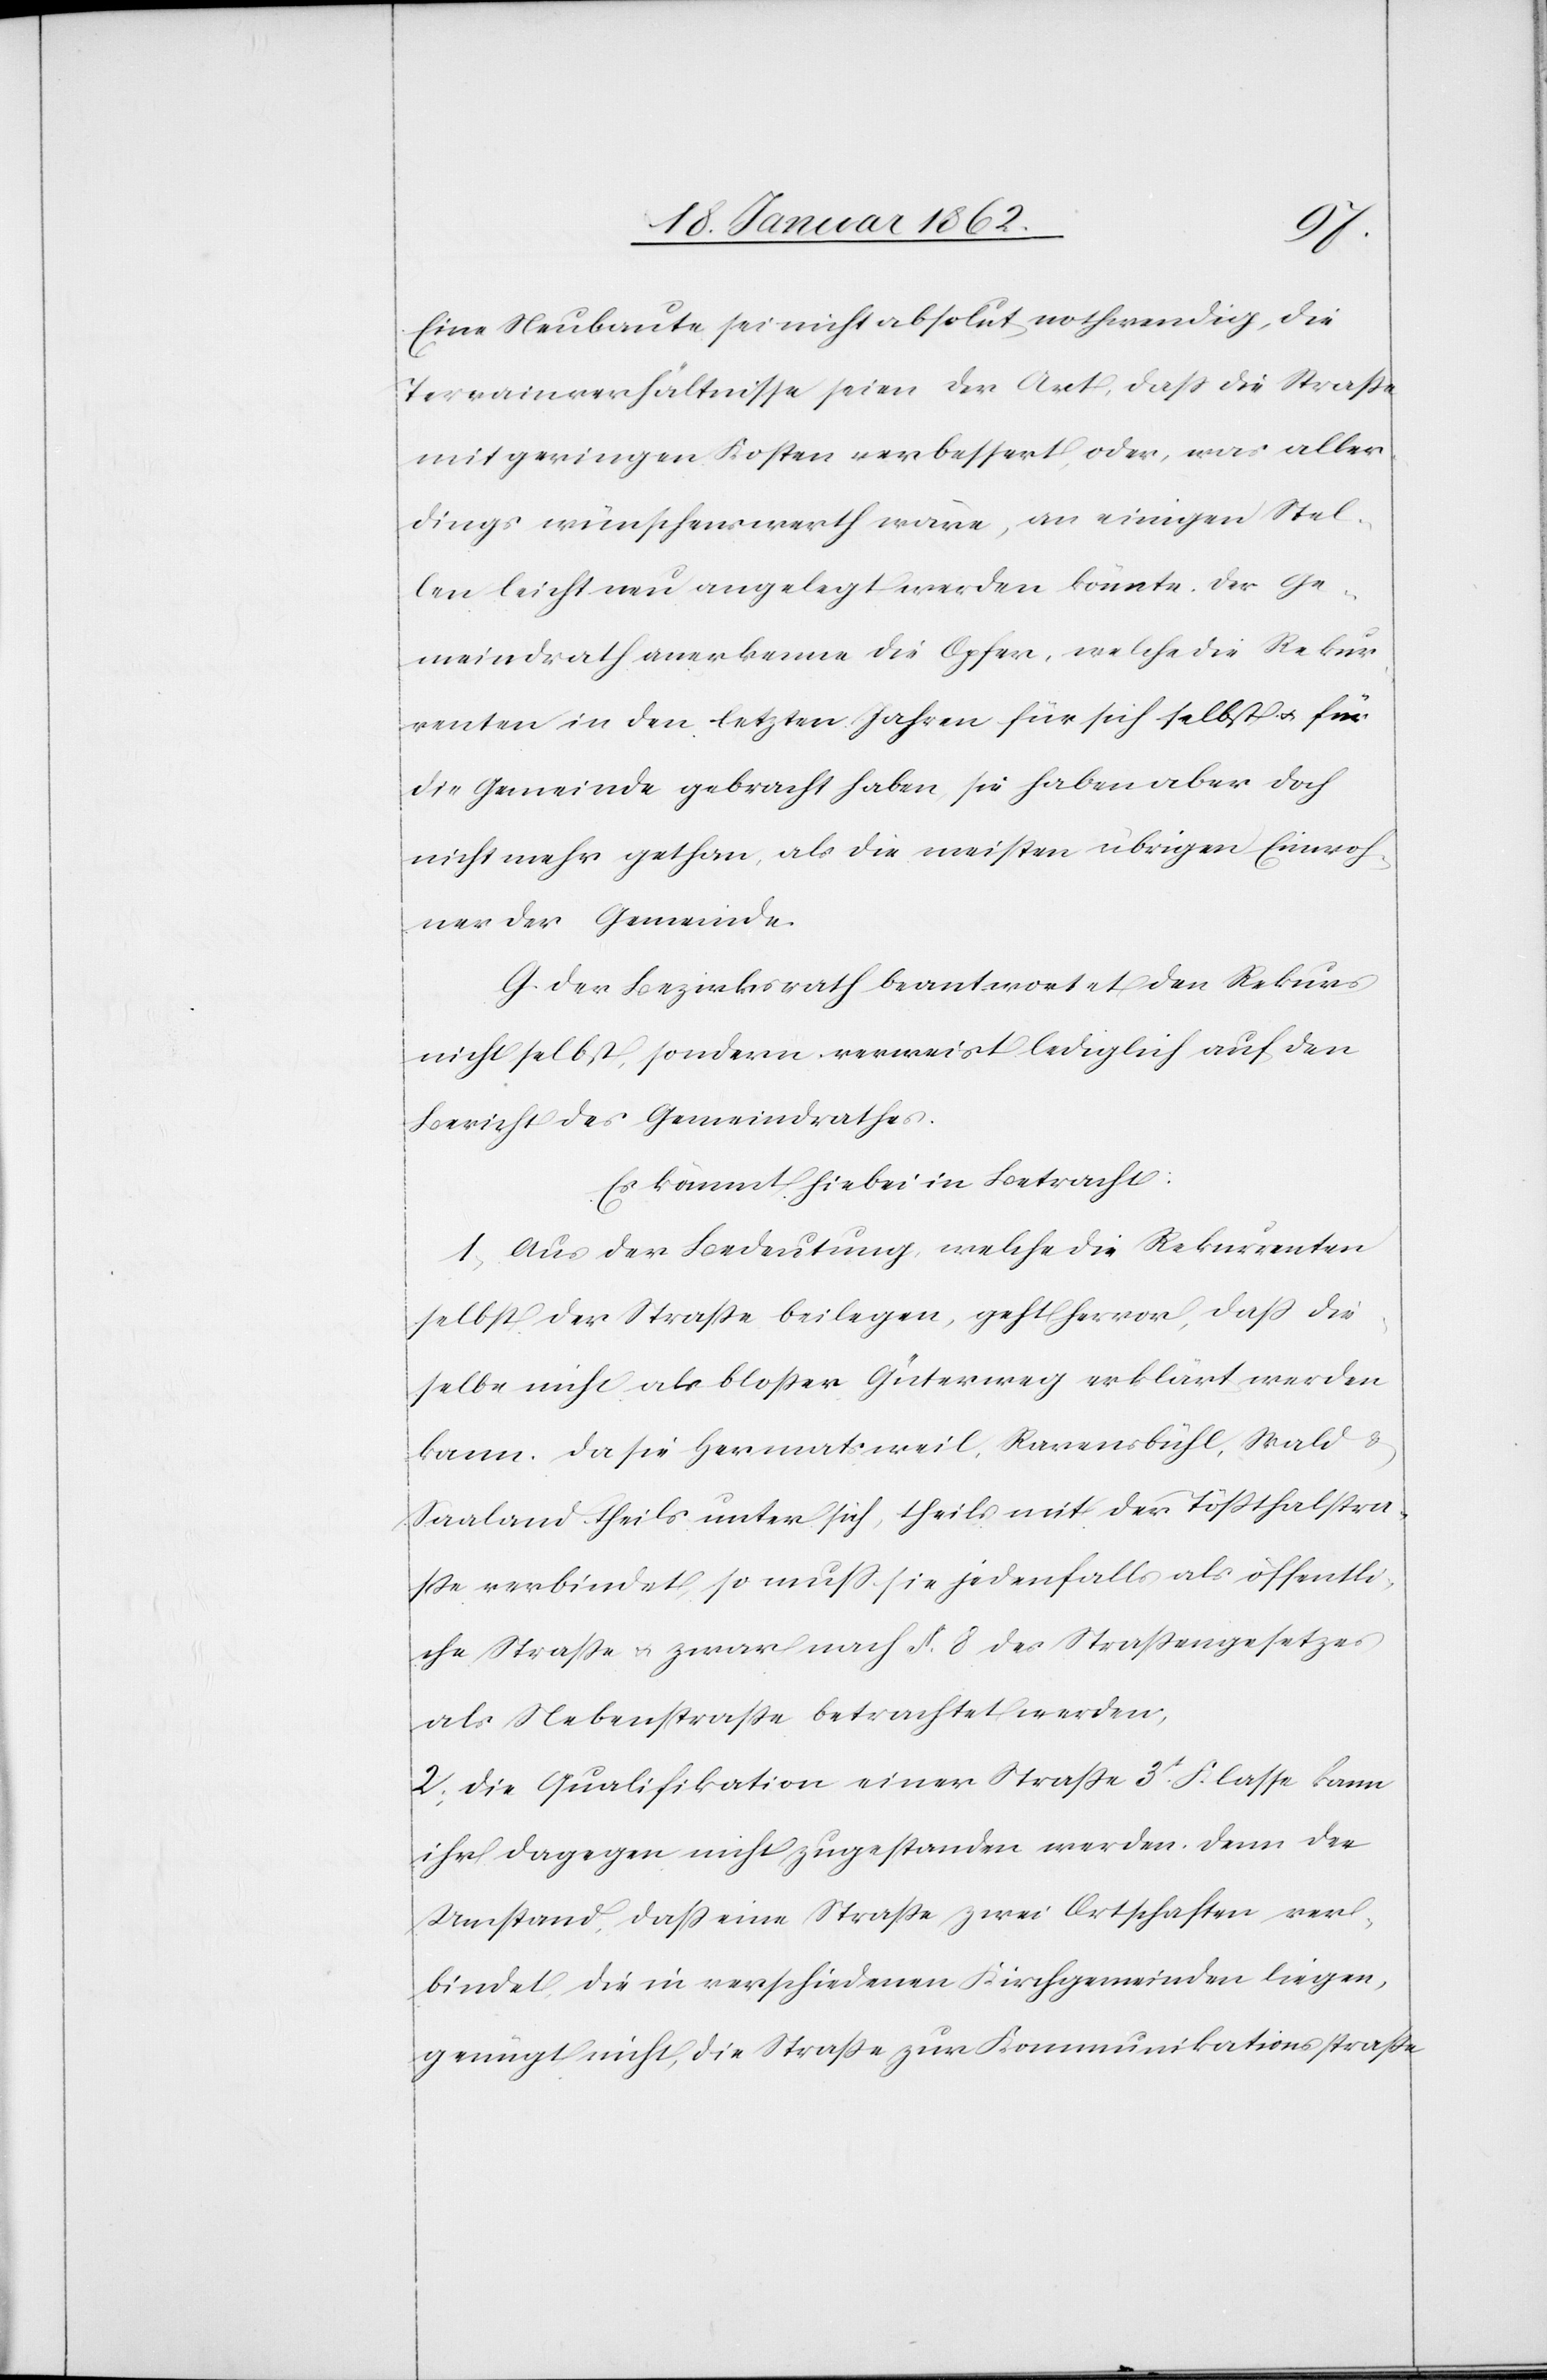
Eine Neubaute sei nicht absolut nothwendig, die
Terrainverhältnisse seien der Art, daß die Straße
mit geringen Kosten verbessert oder, was aller¬
dings wünschenswerth wäre, an einigen Stel¬
len leicht neu angelegt werden könnte. Der Ge¬
meindrath anerkenne die Opfer, welche die Rekur¬
renten in den letzten Jahren für sich selbst u. für
die Gemeinde gebracht haben, sie haben aber doch
nicht mehr gethan, als die meisten übrigen Einwoh¬
ner der Gemeinde.
G. Der Bezirksrath beantwortet den Rekurs
nicht selbst, sondern verweist lediglich auf den
Bericht des Gemeindrathes.
Es kommt hiebei in Betracht:
1) Aus der Bedeutung, welche die Rekurrenten
selbst der Straße beilegen, geht hervor, daß die¬
selbe nicht als bloßer Güterweg erklärt werden
kann. Da sie Hermatsweil, Ravensbühl, Wald u.
Saaland theils unter sich, theils mit der Tößthalstra¬
ße verbindet, so muß sie jedenfalls als öffentli¬
che Straße u. zwar nach §. 8 des Straßengesetzes
als Nebenstraße betrachtet werden,
2) Die Qualifikation einer Straße 3t. Klasse kann
ihr dagegen nicht zugestanden werden, denn der
Umstand, daß eine Straße zwei Ortschaften ver¬
bindet, die in verschiedenen Kirchgemeinden liegen,
genügt nicht, die Straße zur Kommunikationsstraße